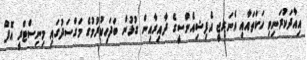
އިއާދަކުރަނިވި ހަކަތައާއި އެނަރޖީ އެފިޝިއެންސީގެ ދާއިރާއިން ގުޅުން ބަދަހިކުރުމުގެ މަގްސަދުގައި މިނިސްޓްރީ އޮފް